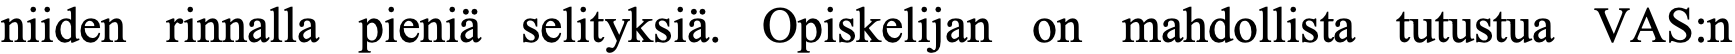
niiden rinnalla pieniä selityksiä. Opiskelijan on mahdollista tutustua VAS:n